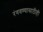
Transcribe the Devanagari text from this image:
रंगवण्यासाठीही